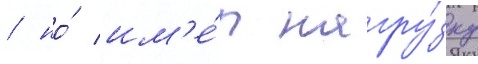
/ но́ им'е́л нагру́зку